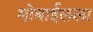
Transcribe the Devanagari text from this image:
मोबाईलला